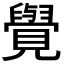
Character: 𮗜